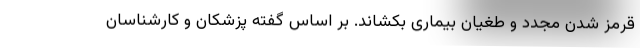
قرمز شدن مجدد و طغیان بیماری بکشاند. بر اساس گفته پزشکان و کارشناسان